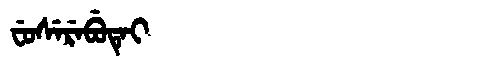
Manchu: ᠸᡠᠰᡝᡵᡝᠪᡠᡨᡝᡳ
Romanization: FUSEREBUTEI